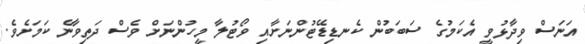
އަނަސް ވިދާޅުވީ އެކަމުގެ ސަބަބުން ކެނޑިޑޭޓުންނަށާއި ވޯޓުލާ މީހުންނަށް ވެސް ދަތިވާނެ ކަމަށެވެ.